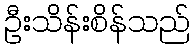
ဦးသိန်းစိန်သည်